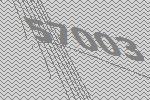
57003